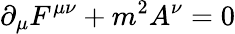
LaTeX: \partial_{\mu}F^{\mu\nu}+m^{2}A^{\nu}=0